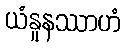
ယံနူနဿာဟံ